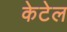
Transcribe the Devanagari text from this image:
केटेल